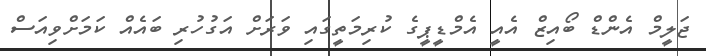
ޖަލީމް އެންޑް ބޯއިޒް އެއީ އެމްޑީޕީގެ ކުރިމަތީގައި ވަރަށް އަގުހުރި ބައެއް ކަމަށްވިއަސް